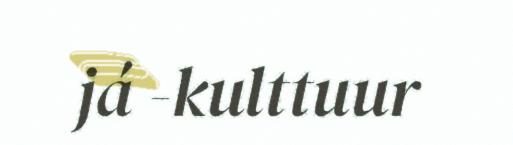
já -kulttuur